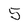
Character: 5